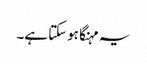
یہ مہنگا ہوسکتا ہے۔